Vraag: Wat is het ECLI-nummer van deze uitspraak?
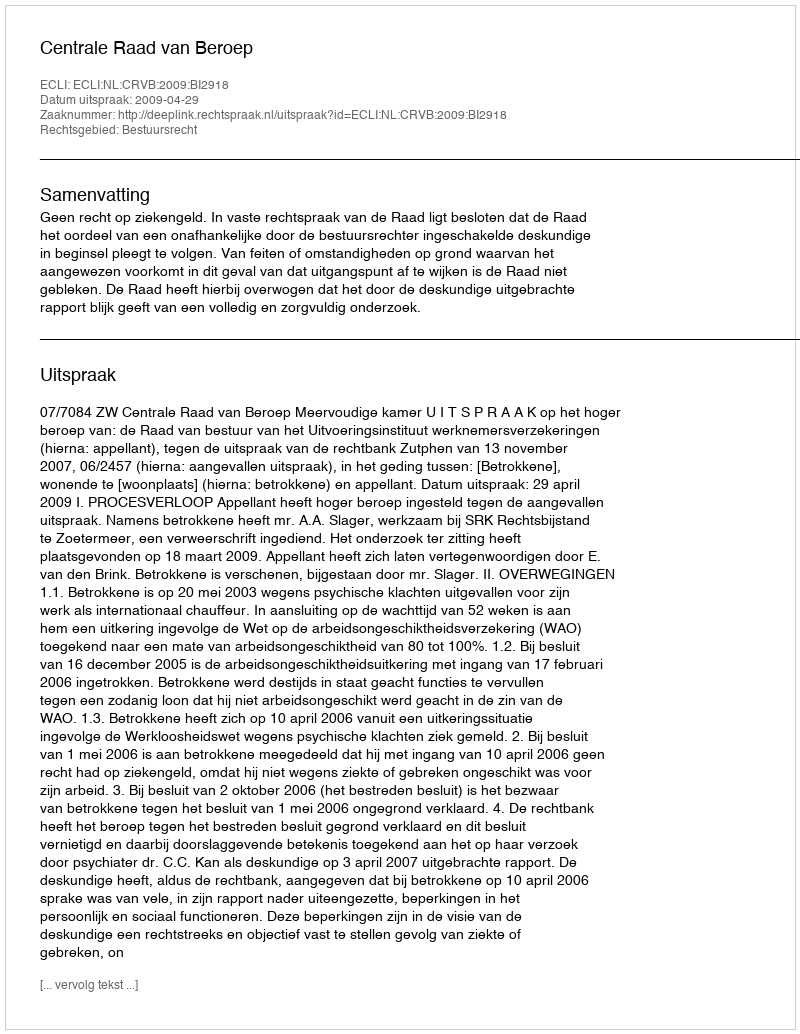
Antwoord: ECLI:NL:CRVB:2009:BI2918